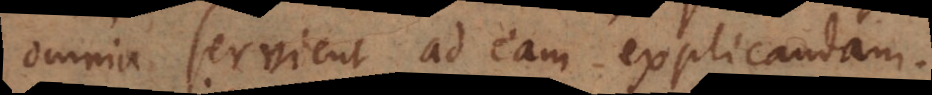
omnia servient ad eam explicandam.